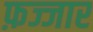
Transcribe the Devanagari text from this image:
फ़ज्जार